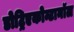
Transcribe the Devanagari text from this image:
डोट्रिएकोन्टानॉल